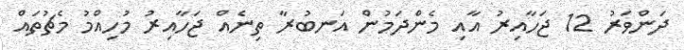
ދަންވަރު 12 ޖަހާއިރު އާއި މެންދަމުން އަނބުރާ ތިނެއް ޖަހާއިރު މުހިއްމު މެޗުތައް